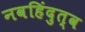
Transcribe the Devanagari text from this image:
नवहिंदुत्व